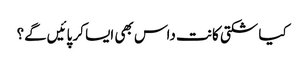
کیا شکتی کانت داس بھی ایسا کر پائیں‌گے؟